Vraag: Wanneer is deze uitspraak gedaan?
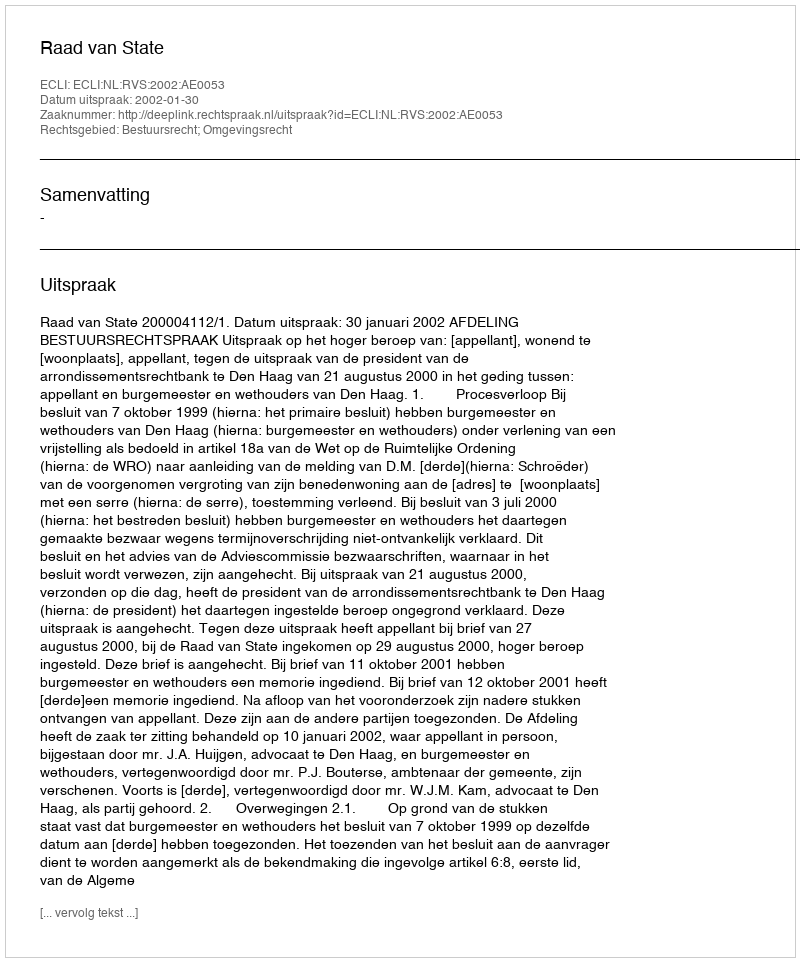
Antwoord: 2002-01-30